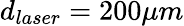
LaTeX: d_{laser}=200\mu m